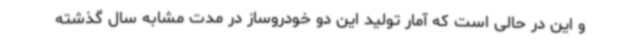
و این در حالی است که آمار تولید این دو خودروساز در مدت مشابه سال گذشته